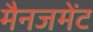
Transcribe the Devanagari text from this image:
मैनजमेंट